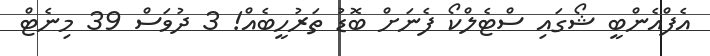
އެފްއެންބީ ޝޯގައި ސްޓެލްކޯ ފެނަށް ބޮޑު ތަރުހީބެއް! 3 ދުވަސް 39 މިނެޓް